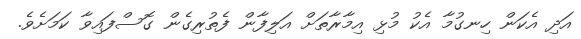
އަދި އެކަން ހިނގުމާ އެކު މުޅި އިމާރާތަށް އަލިފާން ފެތުރިގެން ގޮސްފައިވާ ކަމަށެވެ.